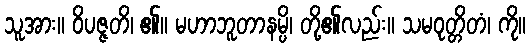
သူအား။ ဝိပဇ္ဇတိ၊ ၏။ မဟာဘူတာနမ္ပိ၊ တို့၏လည်း။ သမဝုတ္တိတံ၊ ကို။